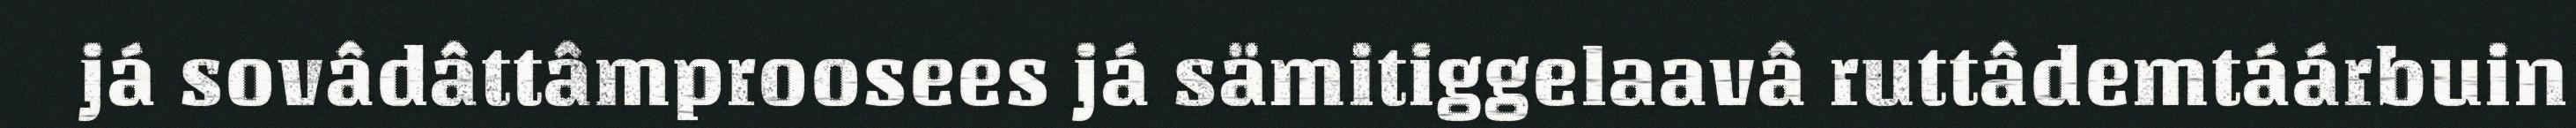
já sovâdâttâmproosees já sämitiggelaavâ ruttâdemtáárbuin